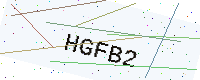
Text: HGFB2